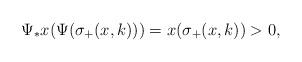
LaTeX: \begin{align*}\Psi_*x(\Psi(\sigma_+(x,k))) = x(\sigma_+(x,k)) > 0,\end{align*}